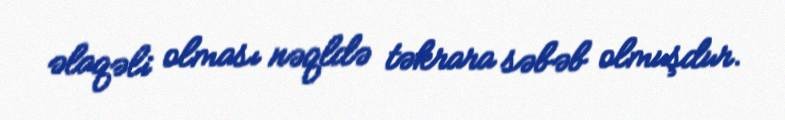
əlaqəli olması nəqldə təkrara səbəb olmuşdur.